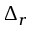
\Delta _ { r }